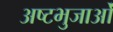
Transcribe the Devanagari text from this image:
अष्टभुजाओं